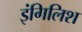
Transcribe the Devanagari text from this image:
इंगिलिश